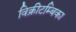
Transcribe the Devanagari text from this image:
विक्रीटम्बिका